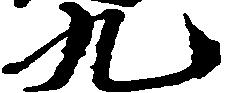
九